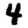
Digit: 4